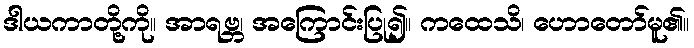
ဒါယကာတို့ကို။ အာရဗ္ဘ၊ အကြောင်းပြု၍။ ကထေသိ၊ ဟောတော်မူ၏။